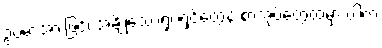
ဥပမာအားဖြင့်၊ အချို့သောရုပ်ရှင်တွေနဲ့ စာအုပ်တွေထဲမှာ ပါတဲ့